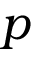
p